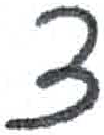
אות: צ